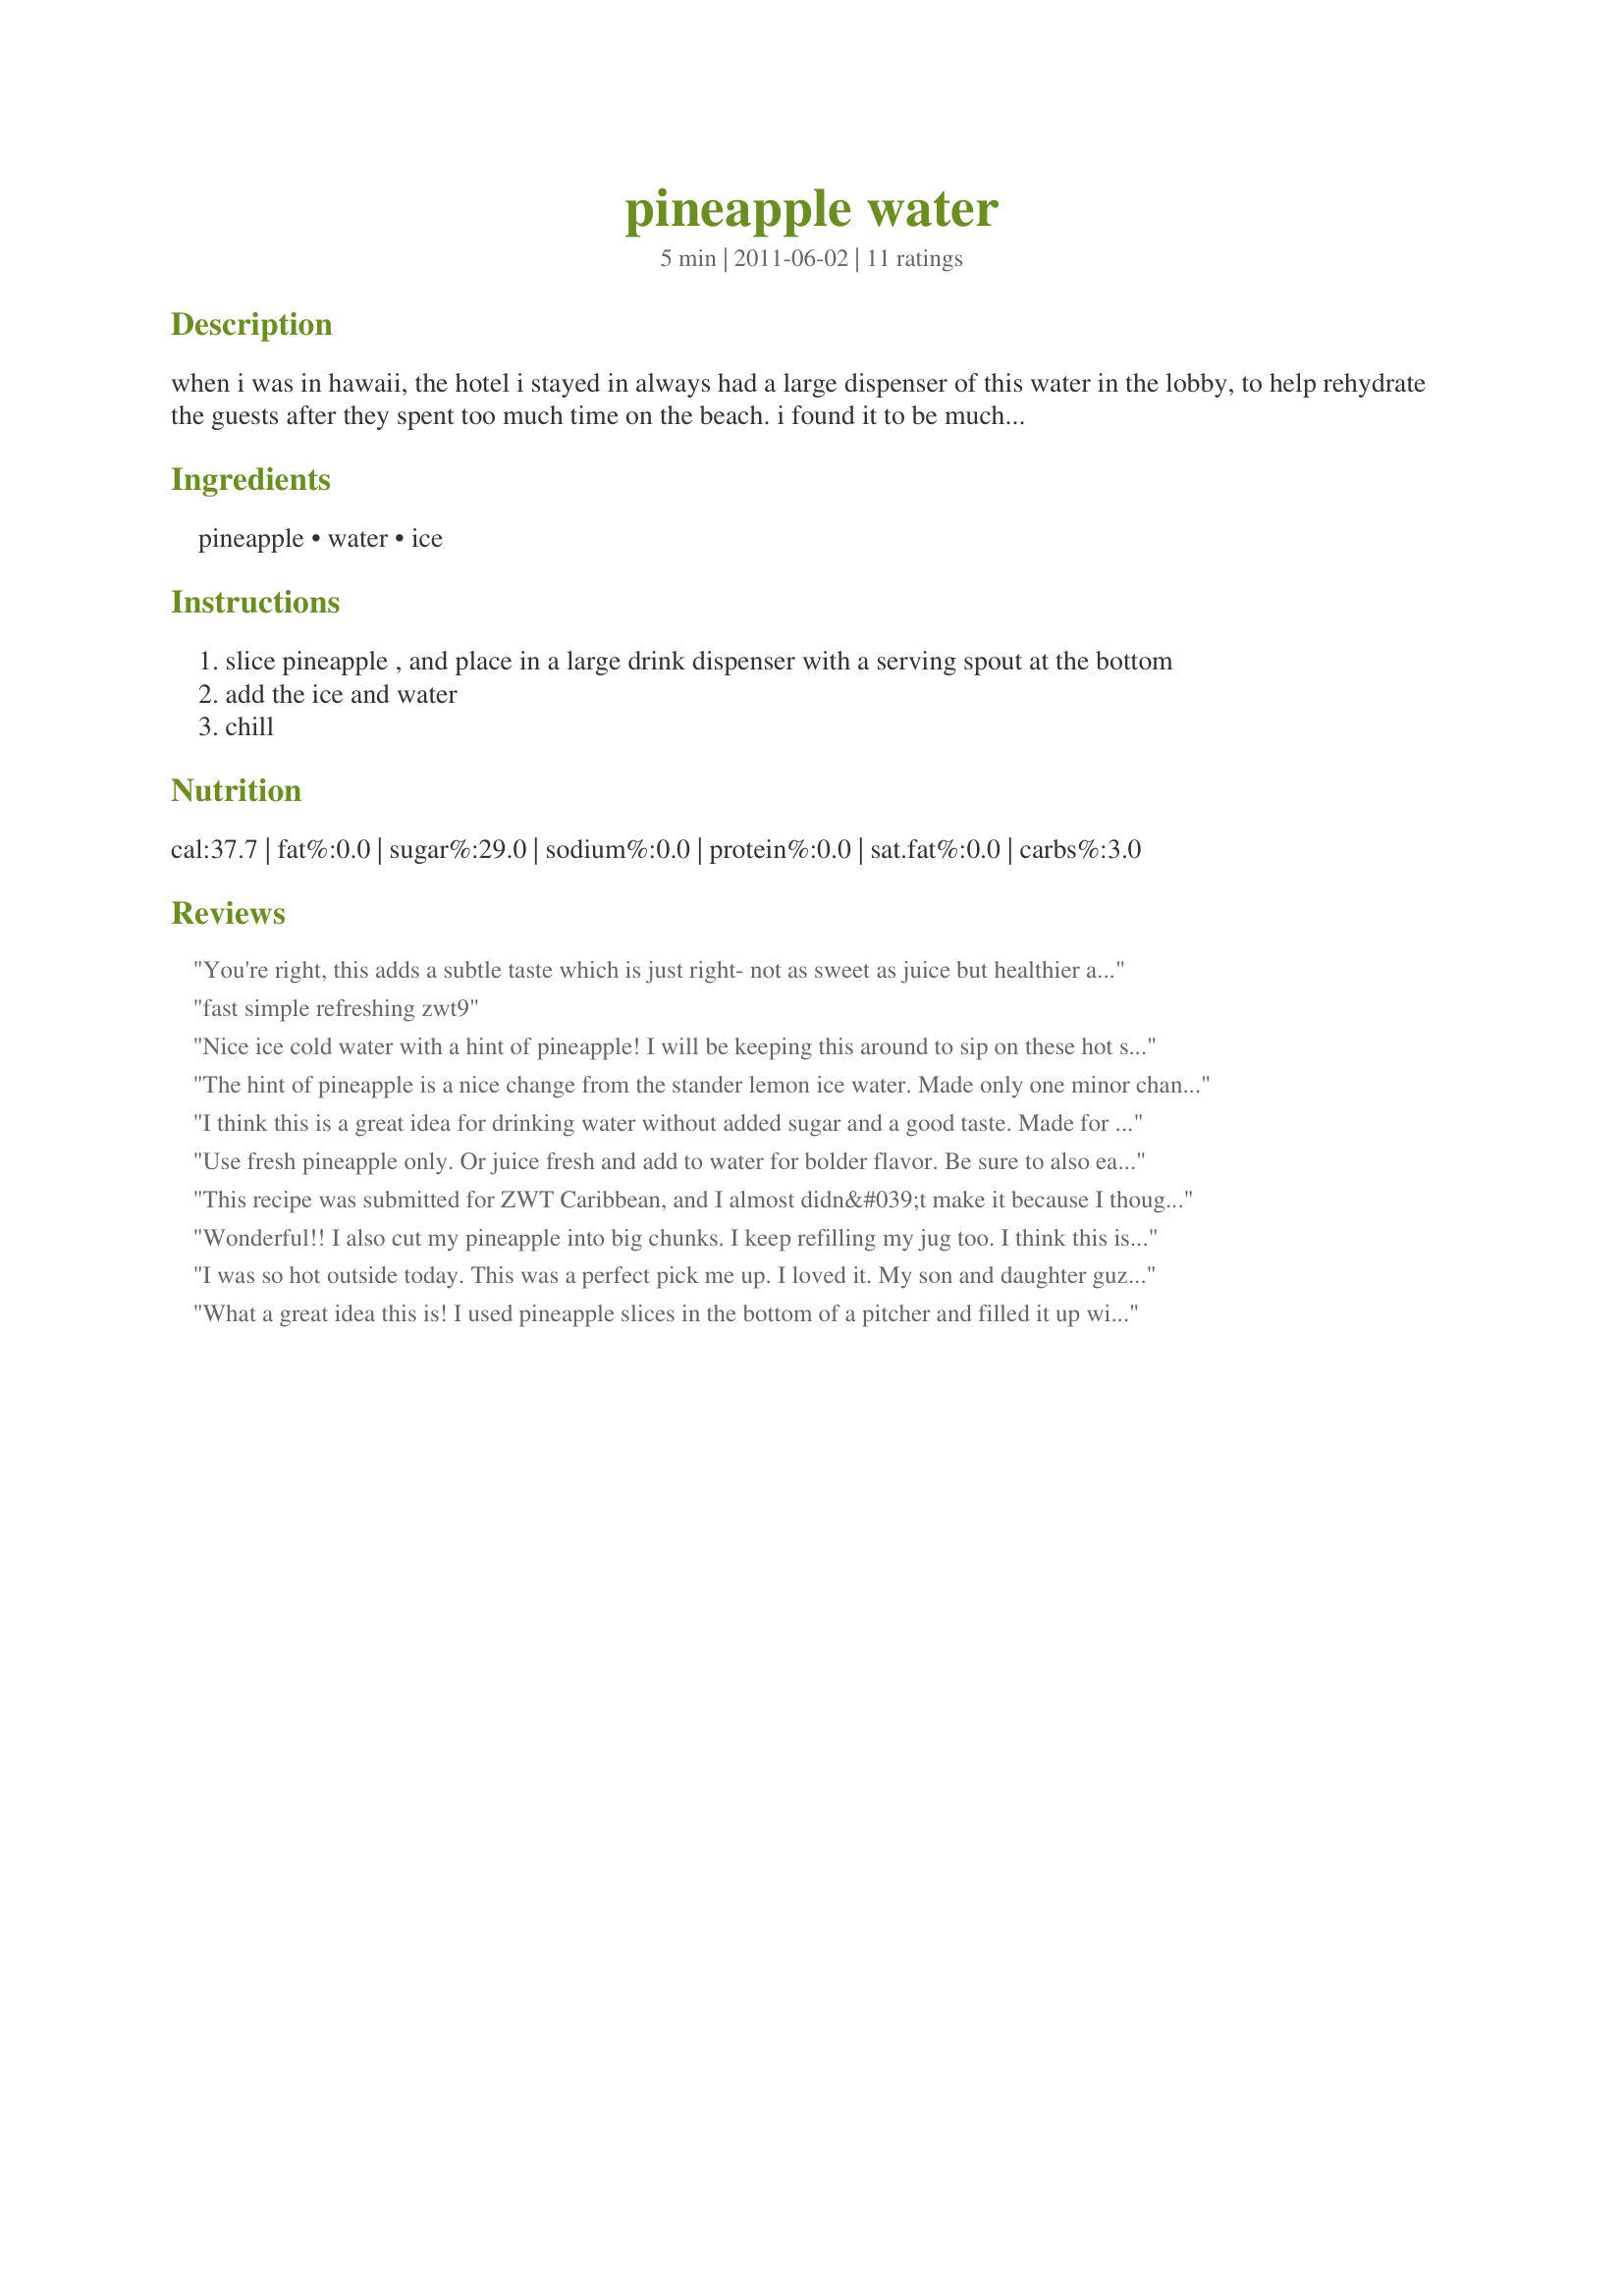
pineapple water
Preparation time: 5 minutes

when i was in hawaii, the hotel i stayed in always had a large dispenser of this water in the lobby, to help rehydrate the guests after they spent too much time on the beach. i found it to be much more refreshing than plain water, as the fruit adds a very subtle sweet taste. a great recipe if you're trying to get more water into your diet. this will not taste like fruit juice, it's meant to be a very lightly flavored water. if you don't have a large drink dispenser, try making 1/2 recipe in a sun tea jar.

Ingredients:
pineapple, water, ice

Steps:
slice pineapple , and place in a large drink dispenser with a serving spout at the bottom
add the ice and water
chill

Reviews:
You're right, this adds a subtle taste which is just right- not as sweet as juice but healthier and more refreshing. This makes a lovely change and I'll be making this whenever I have some pineapple around! Made for PRMR.
fast simple refreshing zwt9
Nice ice cold water with a hint of pineapple! I will be keeping this around to sip on these hot summer days. Thanks!
The hint of pineapple is a nice change from the stander lemon ice water. Made only one minor change which was to cut pineapple into chunks instead of slices and did fallow your hint about cutting in half and making in a sun jar. Thanks for the post.
I think this is a great idea for drinking water without added sugar and a good taste. Made for ZWT9 Hot Stuff.
Use fresh pineapple only. Or juice fresh and add to water for bolder flavor. Be sure to also eat some of the pineapple pulp, as it contains high amounts of bromelain.
This recipe was submitted for ZWT Caribbean, and I almost didn&#039;t make it because I thought &quot;how simple is that?&quot; I am SO GLAD I didn&#039;t pass this one up! I&#039;m ashamed to admit that I don&#039;t drink enough water. I hate it!!! But this has the subtle flavor of the pineapple which makes it very refreshing and yummy without being too sweet. I&#039;m so tired of downing water with lime or lemon. This is a very welcome addition! Thanks so much for posting, Ingrid! Made for the Gourmet Goddesses, ZWT9.
Wonderful!! I also cut my pineapple into big chunks. I keep refilling my jug too. I think this is taking some of the city tap water's chlorine out and into the pineapple so healthifying the water but I would not eat the left over pineapple chunks. I will enjoy this again. Made for Please Review My Recipe ~ ~ ~ from April 25 -
I was so hot outside today. This was a perfect pick me up. I loved it. My son and daughter guzzled it when they came home from work. I have already made a second pitcher.
What a great idea this is! I used pineapple slices in the bottom of a pitcher and filled it up with water and ice. This was really refreshing and a nice change from lemon water. Great for a nice warm day. Thanks Ingrid for a nice treat. Made for ZWT7 by a fellow Emerald City Shaker.
I cut my pineapple into bug chunks. I wonder if cutting into wee bits so a little lands in your glass would be nice? probably not if you&#039;re the type to NOT like extra pulp OJ. ;) this is wonderfully refreshing &amp; exactly as your note said - it is not juice and it&#039;s fabulous for adding more water to your diet if you don&#039;t like plain water. I wonder what the pineapple is like when the water is gone and also how many tines can you refill with water? I will let you know because there&#039;s a big pitcher in my fridge..... thanks, teammate! made for Emerald City Shakers ZWT7!&lt;br/&gt;&lt;br/&gt;I just made another batch, forgetting I had made this 2 years ago! I love flavored waters but hate that most have sugar or sweetener added so this is a must have in the fridge! Made for ZWT9, Mike &amp; the Appliance Killers.
